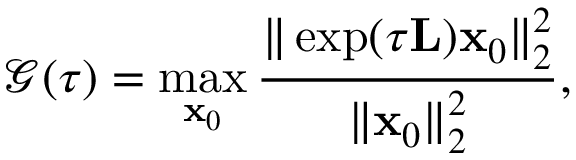
\mathcal { G } ( \tau ) = \operatorname* { m a x } _ { \mathbf { x } _ { 0 } } \frac { \| \exp ( \tau \mathbf { L } ) \mathbf { x } _ { 0 } \| _ { 2 } ^ { 2 } } { \| \mathbf { x } _ { 0 } \| _ { 2 } ^ { 2 } } ,